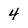
Character: 4